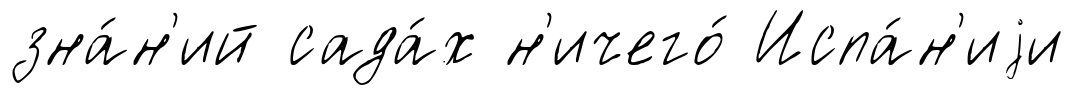
зна́н'ий сада́х н'ичего́ Испа́н'иjи